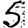
Digit: 5